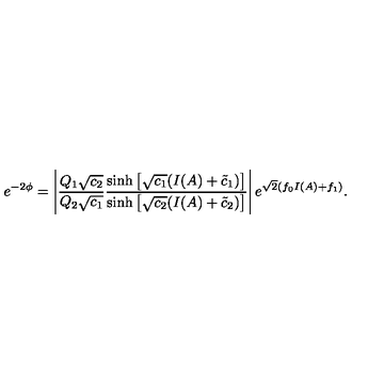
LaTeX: e ^ { - 2 \phi } = \left| \frac { Q _ { 1 } \sqrt { c _ { 2 } } } { Q _ { 2 } \sqrt { c _ { 1 } } } \frac { \sinh \left[ \sqrt { c _ { 1 } } ( I ( A ) + \tilde { c } _ { 1 } ) \right] } { \sinh \left[ \sqrt { c _ { 2 } } ( I ( A ) + \tilde { c } _ { 2 } ) \right] } \right| e ^ { \sqrt { 2 } ( f _ { 0 } I ( A ) + f _ { 1 } ) } .